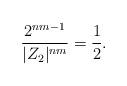
LaTeX: \begin{align*}\frac{2^{nm-1}}{|Z_2|^{nm}} = \frac{1}{2}.\end{align*}